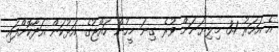
އެ އަހަރު 3.1 މިލިޔަނަށް ވުރެ ގިނަ މީހުން ހައްޖުގެ އަޅުކަން އަދާކޮށްފައި